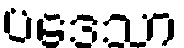
ပဒေသာ